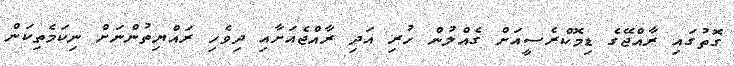
ގޮތުގައި ރާއްޖޭގެ ޑިމޮކްރެސީއަށް ގެއްލުން ހުރި އަދި ރާއްޖެއަށާއި ދިވެހި ރައްޔިތުންނަށް ނިކަމެތިކަން